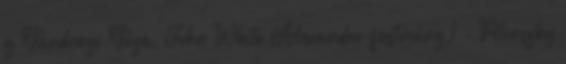
g Gárdonyi Géza, John White Alexander festmény,1 - Pilinszky